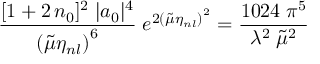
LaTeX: \frac { [ 1 + 2 \, n _ { 0 } ] ^ { 2 } \; | a _ { 0 } | ^ { 4 } } { \left( { \tilde { \mu } } \eta _ { n l } \right) ^ { 6 } } \; e ^ { 2 \left( { \tilde { \mu } } \eta _ { n l } \right) ^ { 2 } } = \frac { 1 0 2 4 \; \pi ^ { 5 } } { \lambda ^ { 2 } \; { \tilde { \mu } } ^ { 2 } }